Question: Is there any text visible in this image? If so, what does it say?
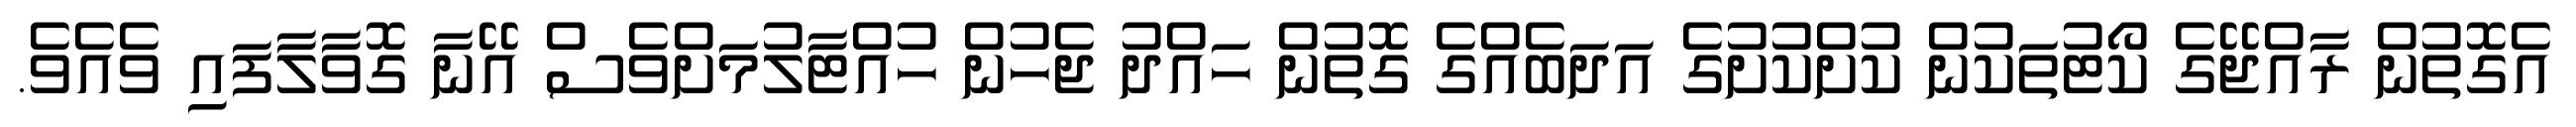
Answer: އެގޮތުން ރާއްޖޭގެ ކޯޓުތަކުން ކުށްކުށުގެ އަދަބެއްގެ ގޮތުން ހައްދު ޖެހުން ހުއްޓާލުމަށްވެސް އޭނާ ގޮވާލާފައި ވެއެވެ.